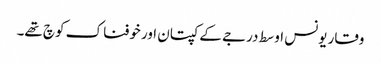
وقار یونس اوسط درجے کے کپتان اور خوفناک کوچ تھے۔